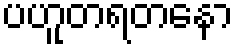
ပဟူတရတနော